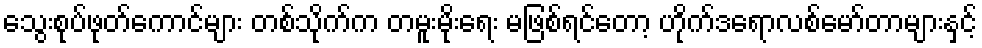
သွေးစုပ်ဖုတ်ကောင်များ တစ်သိုက်က တမူးမိုးရေး မဖြစ်ရင်တော့ ဟိုက်ဒရောလစ်မော်တာများနှင့်